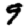
Digit: 9